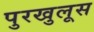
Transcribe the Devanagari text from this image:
पुरखुलूस